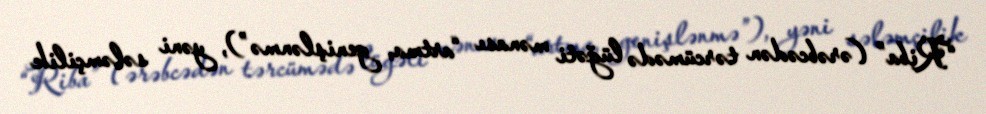
“Riba” (ərəbcədən tərcümədə lüğəti mənası “artma, genişlənmə”), yəni sələmçilik